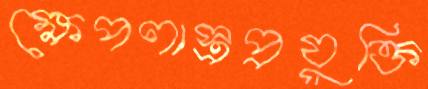
ক্ষেপণাস্ত্রপ্রযুক্তি